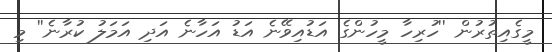
މީގެއިތުރުން ''ހުރިހާ މީހުންގެ އަޑުއިވޭނެ އަޑު އަހާނެ އަދި އަމަލު ކުރާނެ'' މި